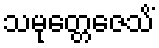
သမုတ္တေဇေသိံ